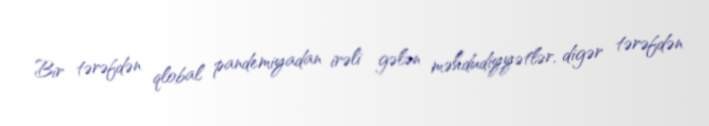
Bir tərəfdən qlobal pandemiyadan irəli gələn məhdudiyyətlər, digər tərəfdən